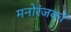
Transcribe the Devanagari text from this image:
मनोरंजकों